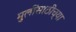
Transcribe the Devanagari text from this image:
मुलींसाठीच्या